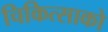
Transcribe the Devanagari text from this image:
चिकित्‍साको